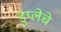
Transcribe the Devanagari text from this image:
डुप्लेचे